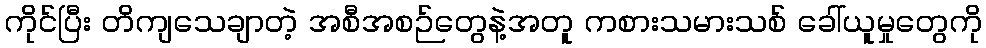
ကိုင်ပြီး တိကျသေချာတဲ့ အစီအစဉ်တွေနဲ့အတူ ကစားသမားသစ် ခေါ်ယူမှုတွေကို